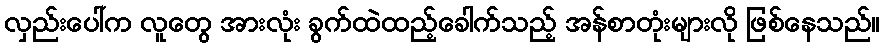
လှည်းပေါ်က လူတွေ အားလုံး ခွက်ထဲထည့်ခေါက်သည့် အန်စာတုံးများလို ဖြစ်နေသည်။